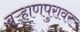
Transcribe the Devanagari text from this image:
बऱ्हाणपुरावर